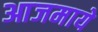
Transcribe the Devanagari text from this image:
आजमाये